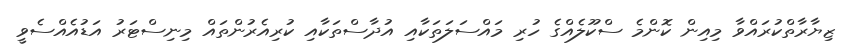
ޒިޔާރާތްކުރައްވާ މިއިން ކޮންމެ ސްކޫލެއްގެ ހުރި މައްސަލަތަކާއި އުދާސްތަކާއި ކުރިއެރުންތައް މިނިސްޓަރު އަޑުއެއްސެވީ